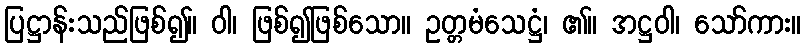
ပြဋ္ဌာန်းသည်ဖြစ်၍။ ဝါ၊ ဖြစ်၍ဖြစ်သော။ ဥတ္တမံသေဋ္ဌံ၊ ၏။ အဋ္ဌဝါ၊ သော်ကား။